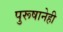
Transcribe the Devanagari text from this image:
पुरूषानेही